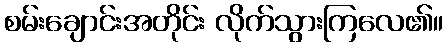
စမ်းချောင်းအတိုင်း လိုက်သွားကြလေ၏။